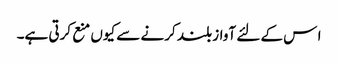
ا س کے لئے آواز بلند کرنے سے کیوں منع کرتی ہے۔